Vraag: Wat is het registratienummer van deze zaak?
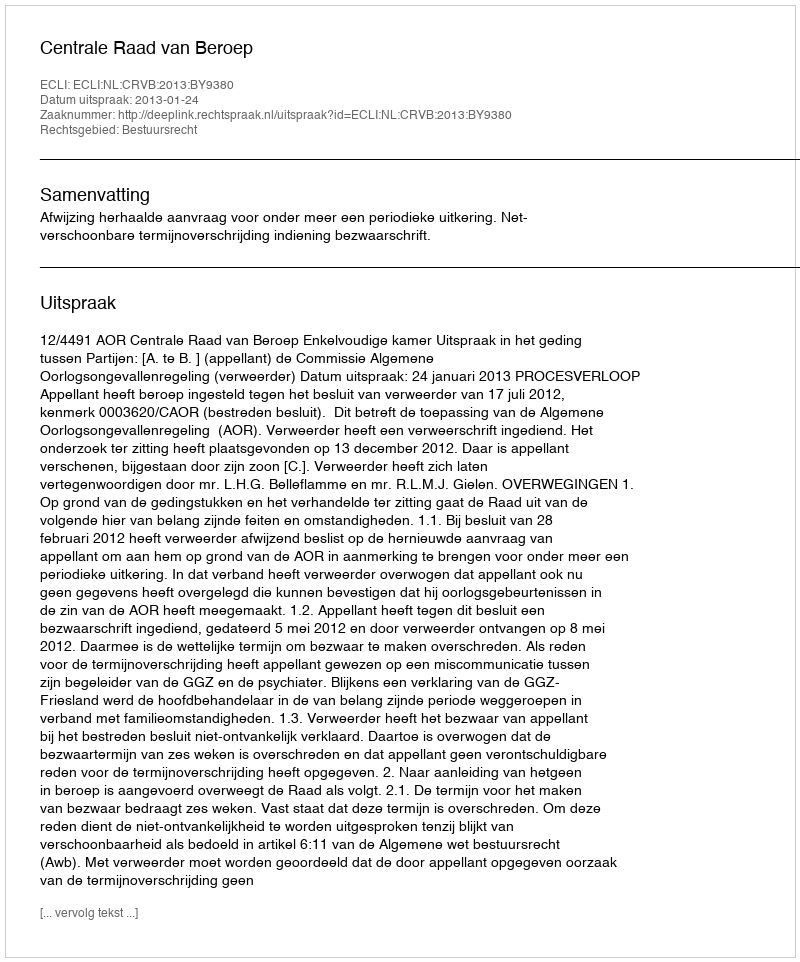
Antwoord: http://deeplink.rechtspraak.nl/uitspraak?id=ECLI:NL:CRVB:2013:BY9380